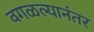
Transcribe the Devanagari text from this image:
वगळल्यानंतर